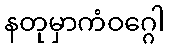
နတုမှာကံဝဂ္ဂေါ